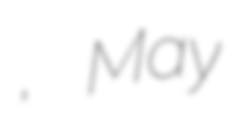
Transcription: ئۆتكۈر, May